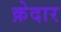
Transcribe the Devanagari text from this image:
क़ेदार